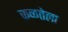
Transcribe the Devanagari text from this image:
कळतेला